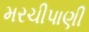
મરચીપાણી